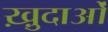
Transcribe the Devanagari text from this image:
ख़़ुदाओं